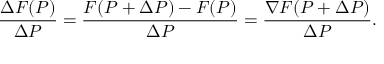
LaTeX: { \frac { \Delta F ( P ) } { \Delta P } } = { \frac { F ( P + \Delta P ) - F ( P ) } { \Delta P } } = { \frac { \nabla F ( P + \Delta P ) } { \Delta P } } . \,